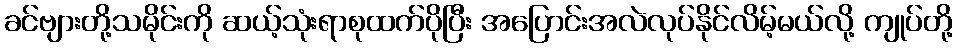
ခင်ဗျားတို့သမိုင်းကို ဆယ့်သုံးရာစုထက်ပိုပြီး အပြောင်းအလဲလုပ်နိုင်လိမ့်မယ်လို့ ကျုပ်တို့